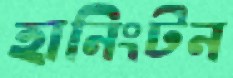
হানিংটন